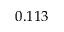
0 . 1 1 3